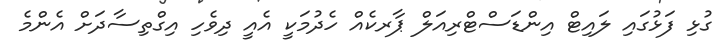
ގުޅި ފަޅުގައި ލައިޓް އިންޑަސްޓްރިއަލް ޕާރކެއް ހެދުމަކީ އެއީ ދިވެހި އިގްތިސާދަށް އެންމެ